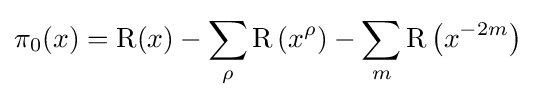
\pi _{0}(x)=\operatorname {R} (x)-\sum _{\rho }\operatorname {R} \left(x^{\rho }\right)-\sum _{m}\operatorname {R} \left(x^{-2m}\right)